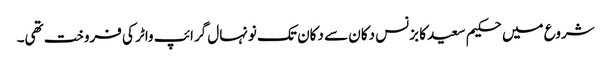
شروع میں حکیم سعید کا بزنس دکان سے دکان تک نونہال گرائپ واٹر کی فروخت تھی۔